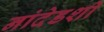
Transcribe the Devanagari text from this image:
नांदेडशी